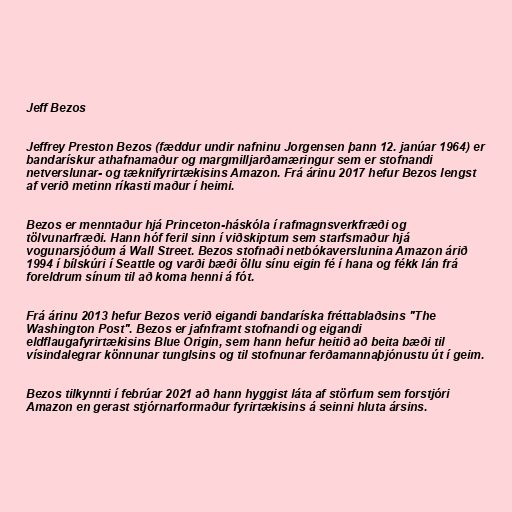
Jeff Bezos

Jeffrey Preston Bezos (fæddur undir nafninu Jorgensen þann 12. janúar 1964) er
bandarískur athafnamaður og margmilljarðamæringur sem er stofnandi
netverslunar- og tæknifyrirtækisins Amazon. Frá árinu 2017 hefur Bezos lengst
af verið metinn ríkasti maður í heimi.

Bezos er menntaður hjá Princeton-háskóla í rafmagnsverkfræði og
tölvunarfræði. Hann hóf feril sinn í viðskiptum sem starfsmaður hjá
vogunarsjóðum á Wall Street. Bezos stofnaði netbókaverslunina Amazon árið
1994 í bílskúri í Seattle og varði bæði öllu sínu eigin fé í hana og fékk lán frá
foreldrum sínum til að koma henni á fót.

Frá árinu 2013 hefur Bezos verið eigandi bandaríska fréttablaðsins "The
Washington Post". Bezos er jafnframt stofnandi og eigandi
eldflaugafyrirtækisins Blue Origin, sem hann hefur heitið að beita bæði til
vísindalegrar könnunar tunglsins og til stofnunar ferðamannaþjónustu út í geim.

Bezos tilkynnti í febrúar 2021 að hann hyggist láta af störfum sem forstjóri
Amazon en gerast stjórnarformaður fyrirtækisins á seinni hluta ársins.